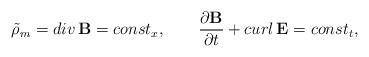
LaTeX: \begin{align*}\tilde \rho_m = div \, {\bf B} = const_x ,\qquad{\partial {\bf B} \over \partial t} +curl\, {\bf E} = const_t ,\end{align*}